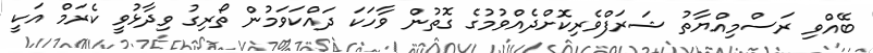
ބޭއްވި ރަސްމިއްޔާތު ޝަރަފްވެރިކޮށްދެއްވުމުގެ ގޮތުން ވާހަކަ ދައްކަވަމުން ތޯރިގު ވިދާޅުވީ ކެރަމް އަކީ